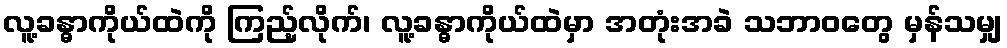
လူ့ခန္ဓာကိုယ်ထဲကို ကြည့်လိုက်၊ လူ့ခန္ဓာကိုယ်ထဲမှာ အတုံးအခဲ သဘာဝတွေ မှန်သမျှ